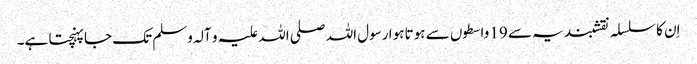
اِن کا سلسلہ نقشبندیہ سے 19 واسطوں سے ہوتا ہوا رسول اللہ صلی اللہ علیہ و آلہ وسلم تک جا پہنچتا ہے۔